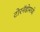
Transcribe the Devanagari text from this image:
टोरनॅडोमध्ये